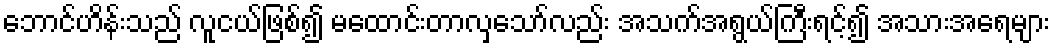
ဘောင်ဟိန်းသည် လူငယ်ဖြစ်၍ မထောင်းတာလှသော်လည်း အသက်အရွယ်ကြီးရင့်၍ အသားအရေများ